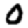
Digit: 0